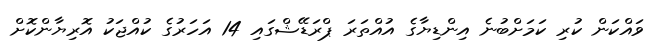
ވައްކަން ކުރި ކަމަށްބުނެ އިންޑިޔާގެ އުއްތަރަ ޕްރަޑޭޝްގައި 14 އަހަރުގެ ކުއްޖަކު އޮރިޔާންކޮށް